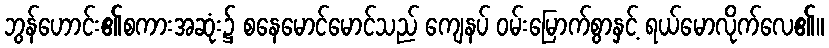
ဘွန်ဟောင်း၏စကားအဆုံး၌ စနေမောင်မောင်သည် ကျေနပ် ဝမ်းမြောက်စွာနှင့် ရယ်မောလိုက်လေ၏။